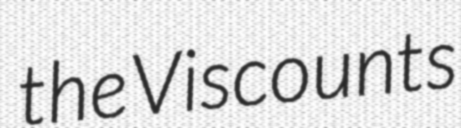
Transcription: the Viscounts